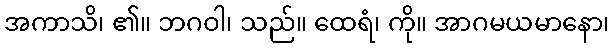
အကာသိ၊ ၏။ ဘဂဝါ၊ သည်။ ထေရံ၊ ကို။ အာဂမယမာနော၊